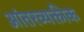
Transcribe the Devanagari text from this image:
आंतरव्यक्तीक